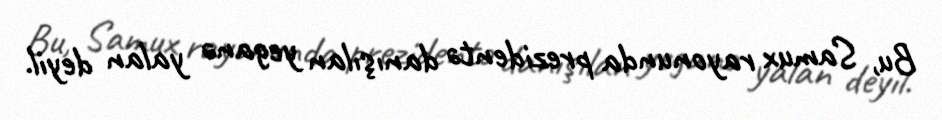
Bu, Samux rayonunda prezidentə danışılan yeganə yalan deyil.